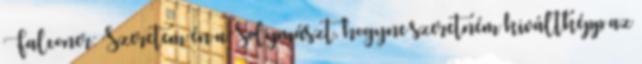
Falconer: Szeretem én a Solymászt, hogyne szeretném kiváltképp az